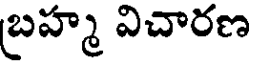
బ్రహ్మ విచారణ